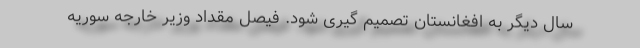
سال دیگر به افغانستان تصمیم گیری شود. فیصل مقداد وزیر خارجه سوریه